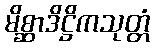
မိစ္ဆာဒိဋ္ဌိကသုတ္တံ